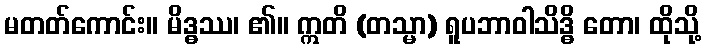
မတတ်ကောင်း။ မိဒ္ဓဿ၊ ၏။ ဣတိ (တသ္မာ) ရူပဘာဝါသိဒ္ဓိ တော၊ ထိုသို့